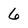
Character: 6